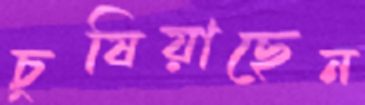
চুষিয়াছেন